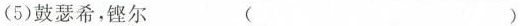
(5)鼓瑟希，铿尔 ( )